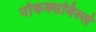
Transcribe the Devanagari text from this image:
नोकक्सविल्ले